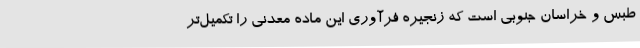
طبس و خراسان جنوبی است که زنجیره فرآوری این ماده معدنی را تکمیل‌تر